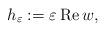
LaTeX: \begin{align*} h_\varepsilon := \varepsilon\, \mbox{Re}\, w,\end{align*}